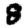
Digit: 8